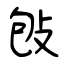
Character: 𢼌